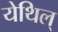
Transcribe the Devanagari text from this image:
येथिल्